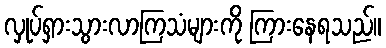
လှုပ်ရှားသွားလာကြသံများကို ကြားနေရသည်။